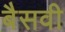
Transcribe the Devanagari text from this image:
बैसवी